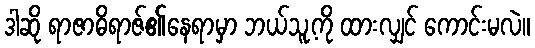
ဒါဆို ရာဇာဓိရာဇ်၏နေရာမှာ ဘယ်သူ့ကို ထားလျှင် ကောင်းမလဲ။